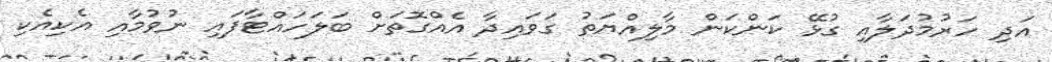
އަދި ހަރުމުދަލާއި ގުޅޭ ކަންކަން މާލިއްޔަތު ގަވައިދާ އެއްގޮތަށް ބަލަހައްޓާފައި ނުވުމާއި އެކިއެކި